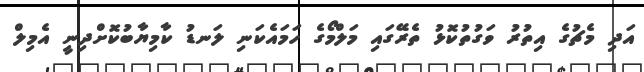
އަދި މެޗުގެ އިތުރު ވަގުތުކޮޅު ތެރޭގައި މަލްމޯގެ ހަމައެކަނި ލަނޑު ކާމިޔާބުކޮށްދިނީ އެމިލް